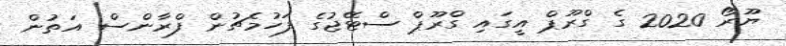
ޔޫރޯ 2020 ގެ ގްރޫޕް އީގައި ގްރޫޕް ސްޓޭޖުގެ ފަހުމެޗުން ފްރާންސް އަތުން